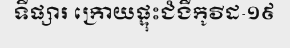
ទីផ្សារ ក្រោយផ្ទុះជំងឺកូវីដ-១៩